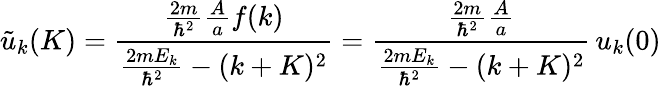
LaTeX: {\tilde{u}}_{k}(K)={\frac{{\frac{2m}{\hbar^{2}}}{\frac{A}{a}}f(k)}{{\frac{2mE_{k}}{\hbar^{2}}}-(k+K)^{2}}}={\frac{{\frac{2m}{\hbar^{2}}}{\frac{A}{a}}}{{\frac{2mE_{k}}{\hbar^{2}}}-(k+K)^{2}}}\, u_{k}(0)